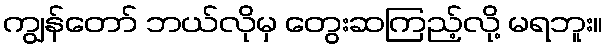
ကျွန်တော် ဘယ်လိုမှ တွေးဆကြည့်လို့ မရဘူး။